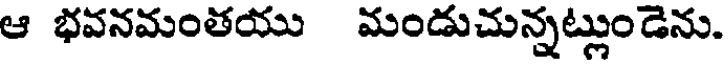
ఆ భవనమంతయు మండుచున్నట్లుండెను.